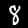
Digit: 8